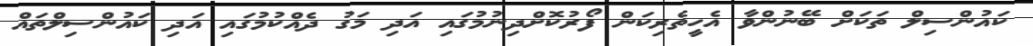
ކައުންސިލް ތަކަށް ބޭނުންވާ އެހީތެރިކަން ފޯރުކޮށްދިނުމުގައި އަދި މަގު ދެއްކުމުގައި އަދި ކައުންސިލްތައް